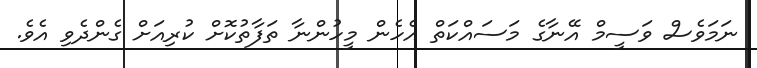
ނަމަވެސް ވަސީމް އޭނާގެ މަސައްކަތް އެހެން މީހުންނާ ތަފާތުކޮށް ކުރިއަށް ގެންދެވި އެވެ.